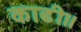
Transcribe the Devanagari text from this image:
काढी॥